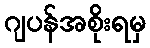
ဂျပန်အစိုးရမှ